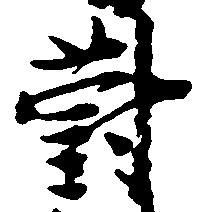
対